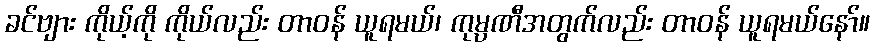
ခင်ဗျား ကိုယ့်ကို ကိုယ်လည်း တာဝန် ယူရမယ်၊ ကုမ္ပဏီအတွက်လည်း တာဝန် ယူရမယ်နော်။